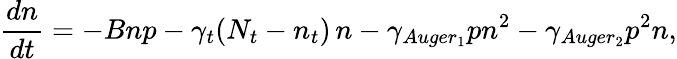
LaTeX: \frac{dn}{dt}=-Bnp-\gamma_{t}(N_{t}-n_{t})\, n-\gamma_{Auger_{1}}pn^{2}-\gamma_{Auger_{2}}p^{2}n,